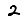
Digit: 2